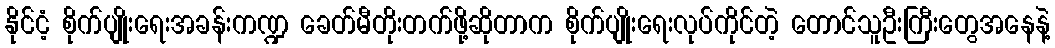
နိုင်ငံ့ စိုက်ပျိုးရေးအခန်းကဏ္ဍ ခေတ်မီတိုးတက်ဖို့ဆိုတာက စိုက်ပျိုးရေးလုပ်ကိုင်တဲ့ တောင်သူဦးကြီးတွေအနေနဲ့